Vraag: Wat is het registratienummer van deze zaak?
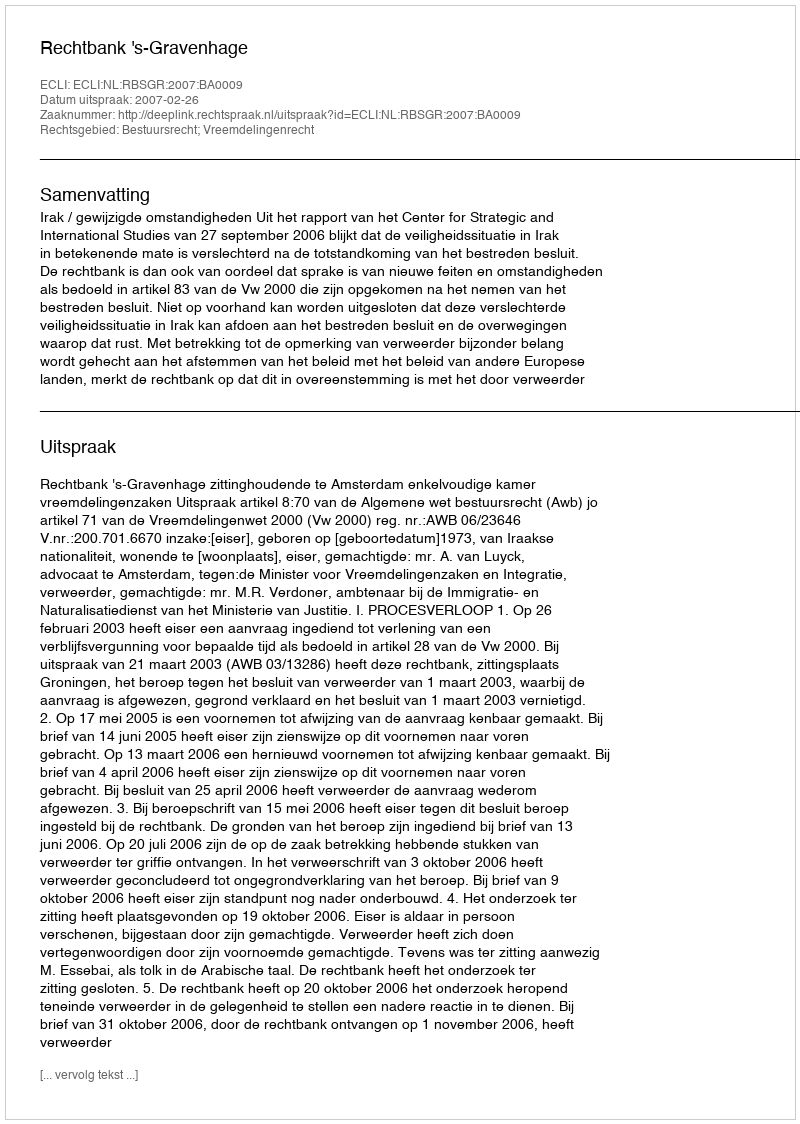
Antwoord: http://deeplink.rechtspraak.nl/uitspraak?id=ECLI:NL:RBSGR:2007:BA0009